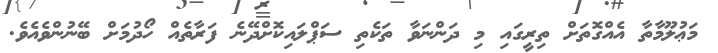
މަޢުލޫމާތާ އެއްގޮތަށް ތިރީގައި މި ދަންނަވާ ތަކެތި ސަޕްލައިކޮށްދޭނެ ފަރާތެއް ހޯދުމަށް ބޭނުންވެއެވެ.